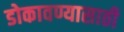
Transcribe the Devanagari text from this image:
डोकावण्यासाठी